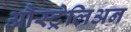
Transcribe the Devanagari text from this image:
औस्ट्रेलिअन